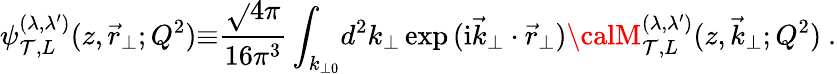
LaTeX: {\psi}_{\mathcal{T},L}^{(\lambda,{\lambda}^{\prime})}(z,{\vec{{r}}}_{\perp};Q^{2}){\equiv}\frac{{\sqrt{}{{4\pi}}}}{{16{\pi}^{3}}}\int_{k_{\perp0}}\! d^{2}{k}_{\perp}\exp{(\mathrm{{i}}{\vec{{k}}}_{\perp}\cdot{\vec{{r}}}_{\perp})}{\calM}_{\mathcal{T},L}^{(\lambda,{\lambda}^{\prime})}(z,{\vec{{k}}}_{\perp};Q^{2})\ .